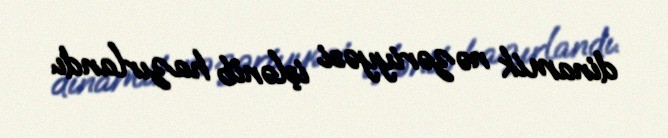
dinamik nəzəriyyəsi işlənib hazırlandı.